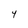
Character: 4